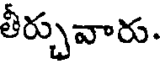
తీర్చువారు.